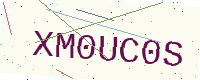
Text: XM0UC0S